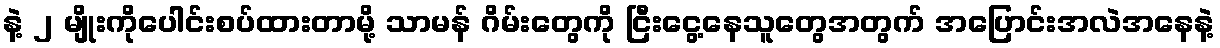
နဲ့ ၂ မျိုးကိုပေါင်းစပ်ထားတာမို့ သာမန် ဂိမ်းတွေကို ငြီးငွေ့နေသူတွေအတွက် အပြောင်းအလဲအနေနဲ့